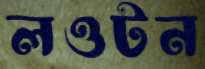
লওটন